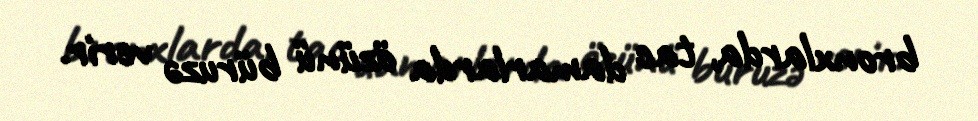
bronxlarda, tac damarlarda özünü büruzə verir.